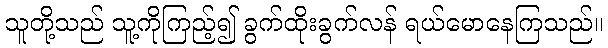
သူတို့သည် သူ့ကိုကြည့်၍ ခွက်ထိုးခွက်လန် ရယ်မောနေကြသည်။